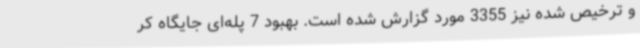
و ترخیص شده نیز 3355 مورد گزارش شده است. بهبود 7 پله‌ای جایگاه کر